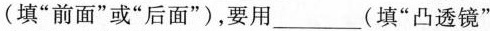
(填”前面”或”后面”)，要用___(填”凸透镜”